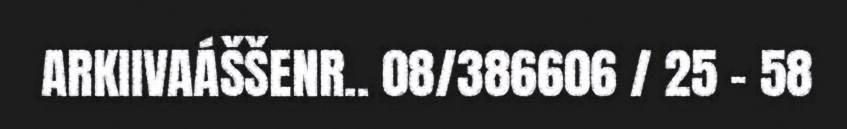
ARKIIVAÁŠŠENR.. 08/386606 / 25 - 58